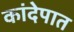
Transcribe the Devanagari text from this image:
कांदेपात